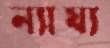
ন্যায্য